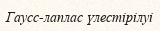
Гаусс-лаплас үлестірілуі